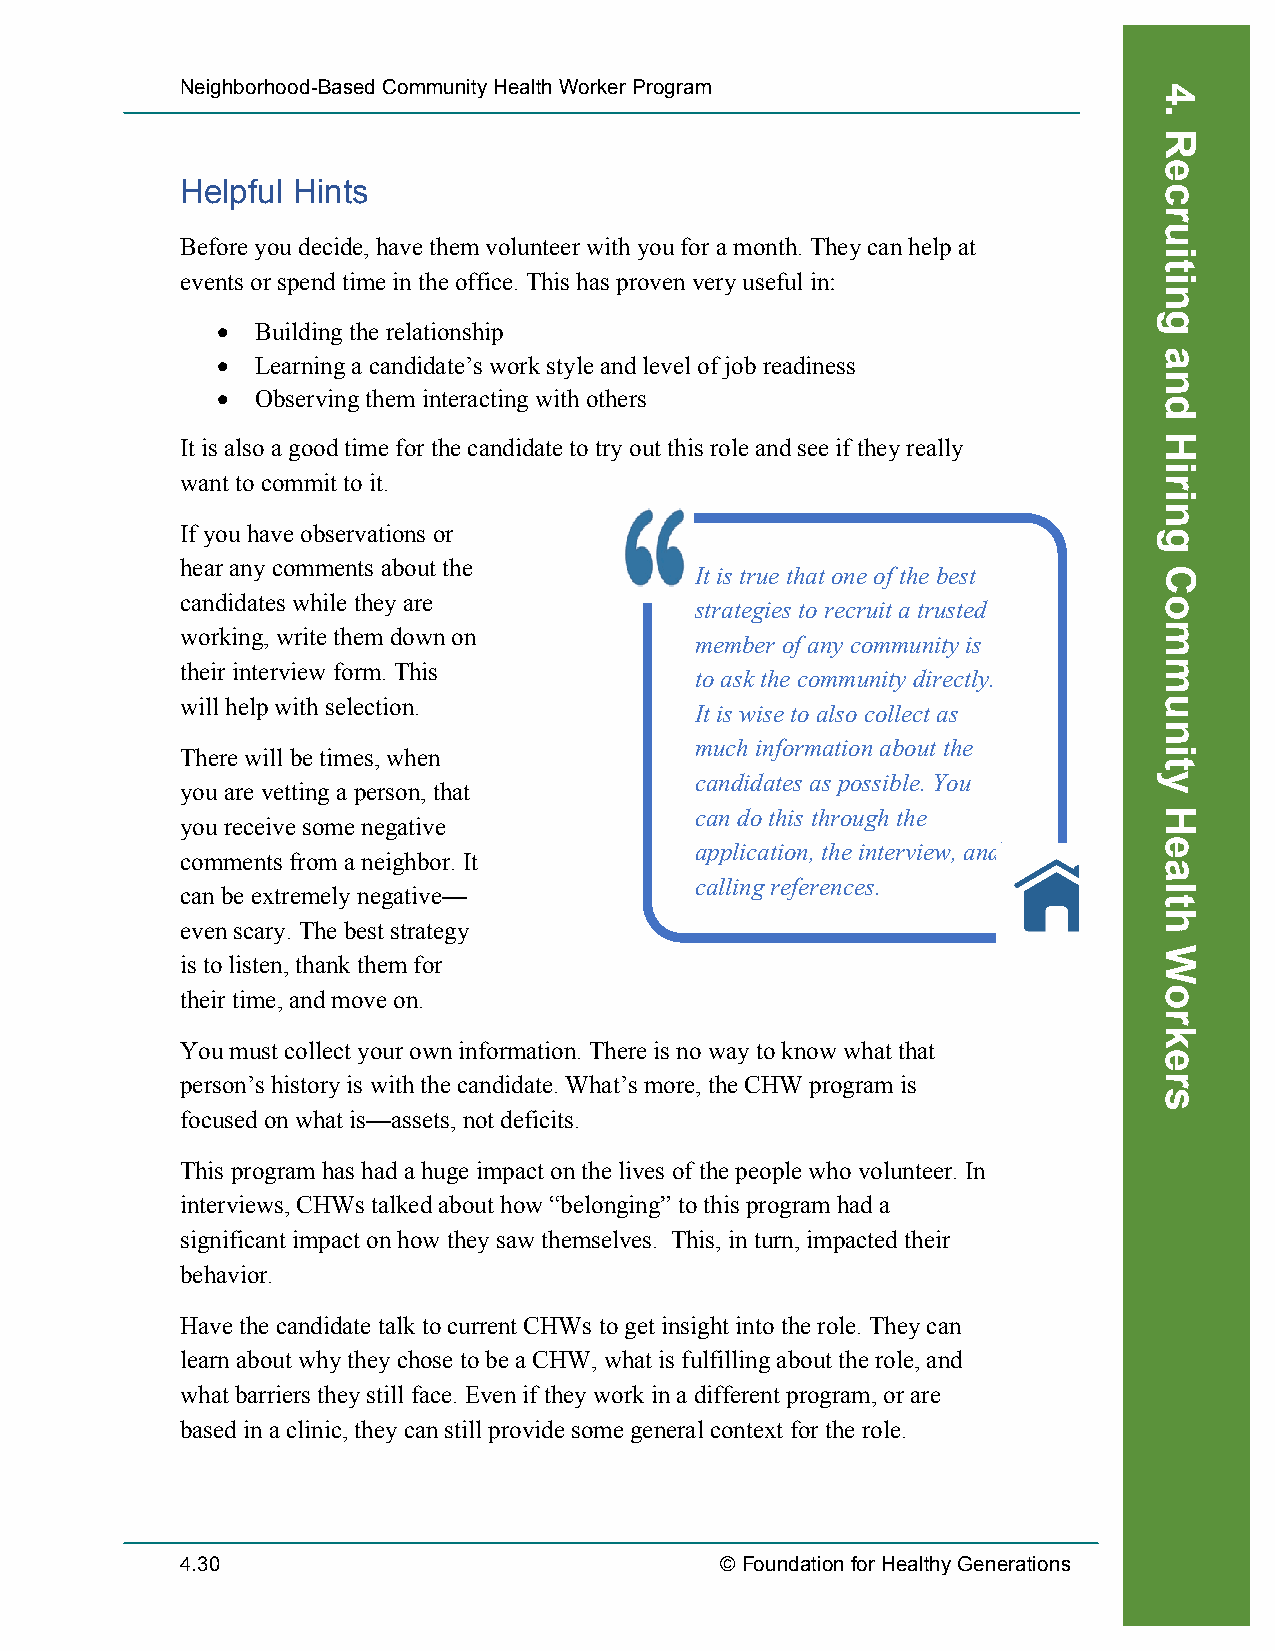
Neighborhood-Based Community Health Worker Program
 Helpful Hints
 Before you decide, have them volunteer with you for a month. They can help at
 events or spend time in the office. This has proven very useful in:
 •  Building the relationship
 •  Learning a candidate’s work style and level of job readiness
 •  Observing them interacting with others
 It is also a good time for the candidate to try out this role and see if they really
 want to commit to it.
 If you have observations or
 hear any comments about the
 It is true that one of the best
 candidates while they are
 strategies to recruit a trusted
 working, write them down on
 member of any community is
 their interview form. This
 to ask the community directly.
 will help with selection.
 It is wise to also collect as
 much information about the
 There will be times, when
 candidates as possible. You
 you are vetting a person, that
 can do this through the
 you receive some negative
 application, the interview, and
 comments from a neighbor. It
 calling references.
 can be extremely negative—
 even scary. The best strategy
 is to listen, thank them for
 their time, and move on.
 You must collect your own information. There is no way to know what that
 person’s history is with the candidate. What’s more, the CHW program is
 focused on what is—assets, not deficits.
 This program has had a huge impact on the lives of the people who volunteer. In
 interviews, CHWs talked about how “belonging” to this program had a
 significant impact on how they saw themselves. This, in turn, impacted their
 behavior.
 Have the candidate talk to current CHWs to get insight into the role. They can
 learn about why they chose to be a CHW, what is fulfilling about the role, and
 what barriers they still face. Even if they work in a different program, or are
 based in a clinic, they can still provide some general context for the role.
 4.30                                © Foundation for Healthy Generations
 Recruiting
 4.
 Recruiting
 and
 Hiring
 Community
 Health
 Workers